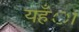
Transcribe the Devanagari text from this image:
यहँा